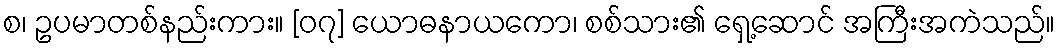
စ၊ ဥပမာတစ်နည်းကား။ [၀၇] ယောဓနာယကော၊ စစ်သား၏ ရှေ့ဆောင် အကြီးအကဲသည်။